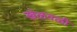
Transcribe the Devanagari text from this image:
खेळवळी